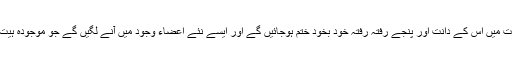
اس دوسری صورت میں اس کے دانت اور پنجے رفتہ رفتہ خود بخود ختم ہوجائیں گے اور ایسے نئے اعضاء وجود میں آنے لگیں گے جو موجودہ ہیت کے مطابق ہوں ۔